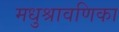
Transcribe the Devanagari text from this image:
मधुश्रावणिका